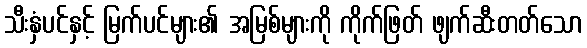
သီးနှံပင်နှင့် မြက်ပင်များ၏ အမြစ်များကို ကိုက်ဖြတ် ဖျက်ဆီးတတ်သော